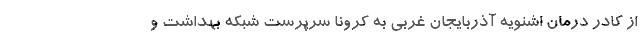
از کادر درمان اشنویه آذربایجان غربی به کرونا سرپرست شبکه بهداشت ‌و